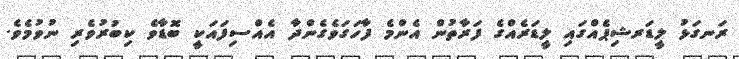
ރަނގަޅު ލީޑަރޝިޕެއްގައި ލީޑަރެއްގެ ފަރާތުން އެންމެ ފާހަގަވެގެންދާ އެއްސިފައަކީ ބޮޑާވެ ކިބުރުވެރި ނުވުމެވެ.